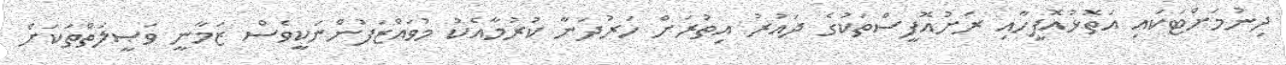
ދިނުމަށްޓަކައި އަތޮޅުއޮފީހާއި ރަށުއޮފީސްތަކުގެ ދައުރު އިތުރަށް ހަރުދަނާ ކުރުމާއެކު މުވައްޒަފުންނަކީވެސް ޒަމާނީ ވަޞީލަތްތަކަށް